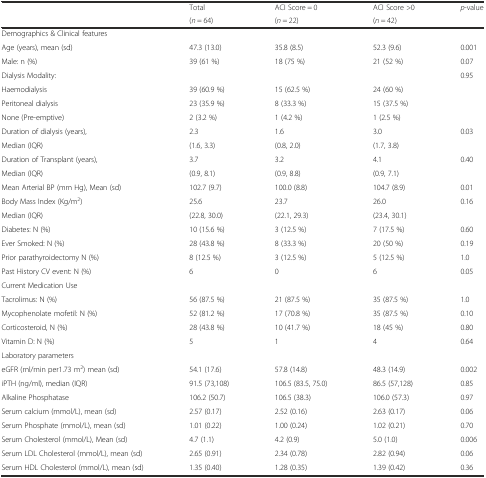
<table><thead><tr><td rowspan="2"></td><td><b>Total</b></td><td><b>ACI Score = 0</b></td><td><b>ACI Score &gt;0</b></td><td rowspan="2"><b><i>p</i>-value</b></td></tr><tr><td><b>(<i>n</i> = 64)</b></td><td><b>(<i>n</i> = 22)</b></td><td><b>(<i>n</i> = 42)</b></td></tr></thead><tbody><tr><td colspan="5">Demographics &amp; Clinical features</td></tr><tr><td>Age (years), mean (sd)</td><td>47.3 (13.0)</td><td>35.8 (8.5)</td><td>52.3 (9.6)</td><td>0.001</td></tr><tr><td>Male: n (%)</td><td>39 (61 %)</td><td>18 (75 %)</td><td>21 (52 %)</td><td>0.07</td></tr><tr><td>Dialysis Modality:</td><td></td><td></td><td></td><td rowspan="4">0.95</td></tr><tr><td>Haemodialysis</td><td>39 (60.9 %)</td><td>15 (62.5 %)</td><td>24 (60 %)</td></tr><tr><td>Peritoneal dialysis</td><td>23 (35.9 %)</td><td>8 (33.3 %)</td><td>15 (37.5 %)</td></tr><tr><td>None (Pre-emptive)</td><td>2 (3.2 %)</td><td>1 (4.2 %)</td><td>1 (2.5 %)</td></tr><tr><td>Duration of dialysis (years),</td><td>2.3</td><td>1.6</td><td>3.0</td><td rowspan="2">0.03</td></tr><tr><td>Median (IQR)</td><td>(1.6, 3.3)</td><td>(0.8, 2.0)</td><td>(1.7, 3.8)</td></tr><tr><td>Duration of Transplant (years),</td><td>3.7</td><td>3.2</td><td>4.1</td><td rowspan="2">0.40</td></tr><tr><td>Median (IQR)</td><td>(0.9, 8.1)</td><td>(0.9, 8.8)</td><td>(0.9, 7.1)</td></tr><tr><td>Mean Arterial BP (mm Hg), Mean (sd)</td><td>102.7 (9.7)</td><td>100.0 (8.8)</td><td>104.7 (8.9)</td><td>0.01</td></tr><tr><td>Body Mass Index (Kg/m<sup>2</sup>)</td><td>25.6</td><td>23.7</td><td>26.0</td><td rowspan="2">0.16</td></tr><tr><td>Median (IQR)</td><td>(22.8, 30.0)</td><td>(22.1, 29.3)</td><td>(23.4, 30.1)</td></tr><tr><td>Diabetes: N (%)</td><td>10 (15.6 %)</td><td>3 (12.5 %)</td><td>7 (17.5 %)</td><td>0.60</td></tr><tr><td>Ever Smoked: N (%)</td><td>28 (43.8 %)</td><td>8 (33.3 %)</td><td>20 (50 %)</td><td>0.19</td></tr><tr><td>Prior parathyroidectomy N (%)</td><td>8 (12.5 %)</td><td>3 (12.5 %)</td><td>5 (12.5 %)</td><td>1.0</td></tr><tr><td>Past History CV event: N (%)</td><td>6</td><td>0</td><td>6</td><td>0.05</td></tr><tr><td colspan="5">Current Medication Use</td></tr><tr><td>Tacrolimus: N (%)</td><td>56 (87.5 %)</td><td>21 (87.5 %)</td><td>35 (87.5 %)</td><td>1.0</td></tr><tr><td>Mycophenolate mofetil: N (%)</td><td>52 (81.2 %)</td><td>17 (70.8 %)</td><td>35 (87.5 %)</td><td>0.10</td></tr><tr><td>Corticosteroid, N (%)</td><td>28 (43.8 %)</td><td>10 (41.7 %)</td><td>18 (45 %)</td><td>0.80</td></tr><tr><td>Vitamin D: N (%)</td><td>5</td><td>1</td><td>4</td><td>0.64</td></tr><tr><td colspan="5">Laboratory parameters</td></tr><tr><td>eGFR (ml/min per1.73 m<sup>2</sup>) mean (sd)</td><td>54.1 (17.6)</td><td>57.8 (14.8)</td><td>48.3 (14.9)</td><td>0.002</td></tr><tr><td>iPTH (ng/ml), median (IQR)</td><td>91.5 (73,108)</td><td>106.5 (83.5, 75.0)</td><td>86.5 (57,128)</td><td>0.85</td></tr><tr><td>Alkaline Phosphatase</td><td>106.2 (50.7)</td><td>106.5 (38.3)</td><td>106.0 (57.3)</td><td>0.97</td></tr><tr><td>Serum calcium (mmol/L), mean (sd)</td><td>2.57 (0.17)</td><td>2.52 (0.16)</td><td>2.63 (0.17)</td><td>0.06</td></tr><tr><td>Serum Phosphate (mmol/L), mean (sd)</td><td>1.01 (0.22)</td><td>1.00 (0.24)</td><td>1.02 (0.21)</td><td>0.70</td></tr><tr><td>Serum Cholesterol (mmol/L), Mean (sd)</td><td>4.7 (1.1)</td><td>4.2 (0.9)</td><td>5.0 (1.0)</td><td>0.006</td></tr><tr><td>Serum LDL Cholesterol (mmol/L), mean (sd)</td><td>2.65 (0.91)</td><td>2.34 (0.78)</td><td>2.82 (0.94)</td><td>0.06</td></tr><tr><td>Serum HDL Cholesterol (mmol/L), mean (sd)</td><td>1.35 (0.40)</td><td>1.28 (0.35)</td><td>1.39 (0.42)</td><td>0.36</td></tr></tbody></table>